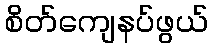
စိတ်ကျေနပ်ဖွယ်